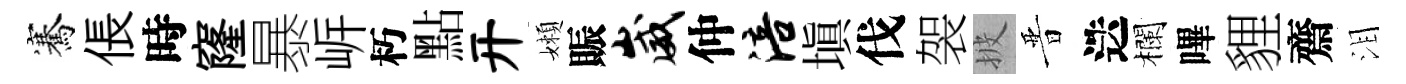
騫倀時窿暴㟁朽點开嬾賑崴仲涪塡伐袈披晋迭欄嗶貍齋泪